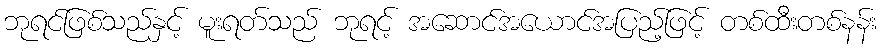
ဘုရင်ဖြစ်သည်နှင့် မူးရတ်သည် ဘုရင့် အဆောင်အယောင်အပြည့်ဖြင့် တစ်ထီးတစ်နန်း